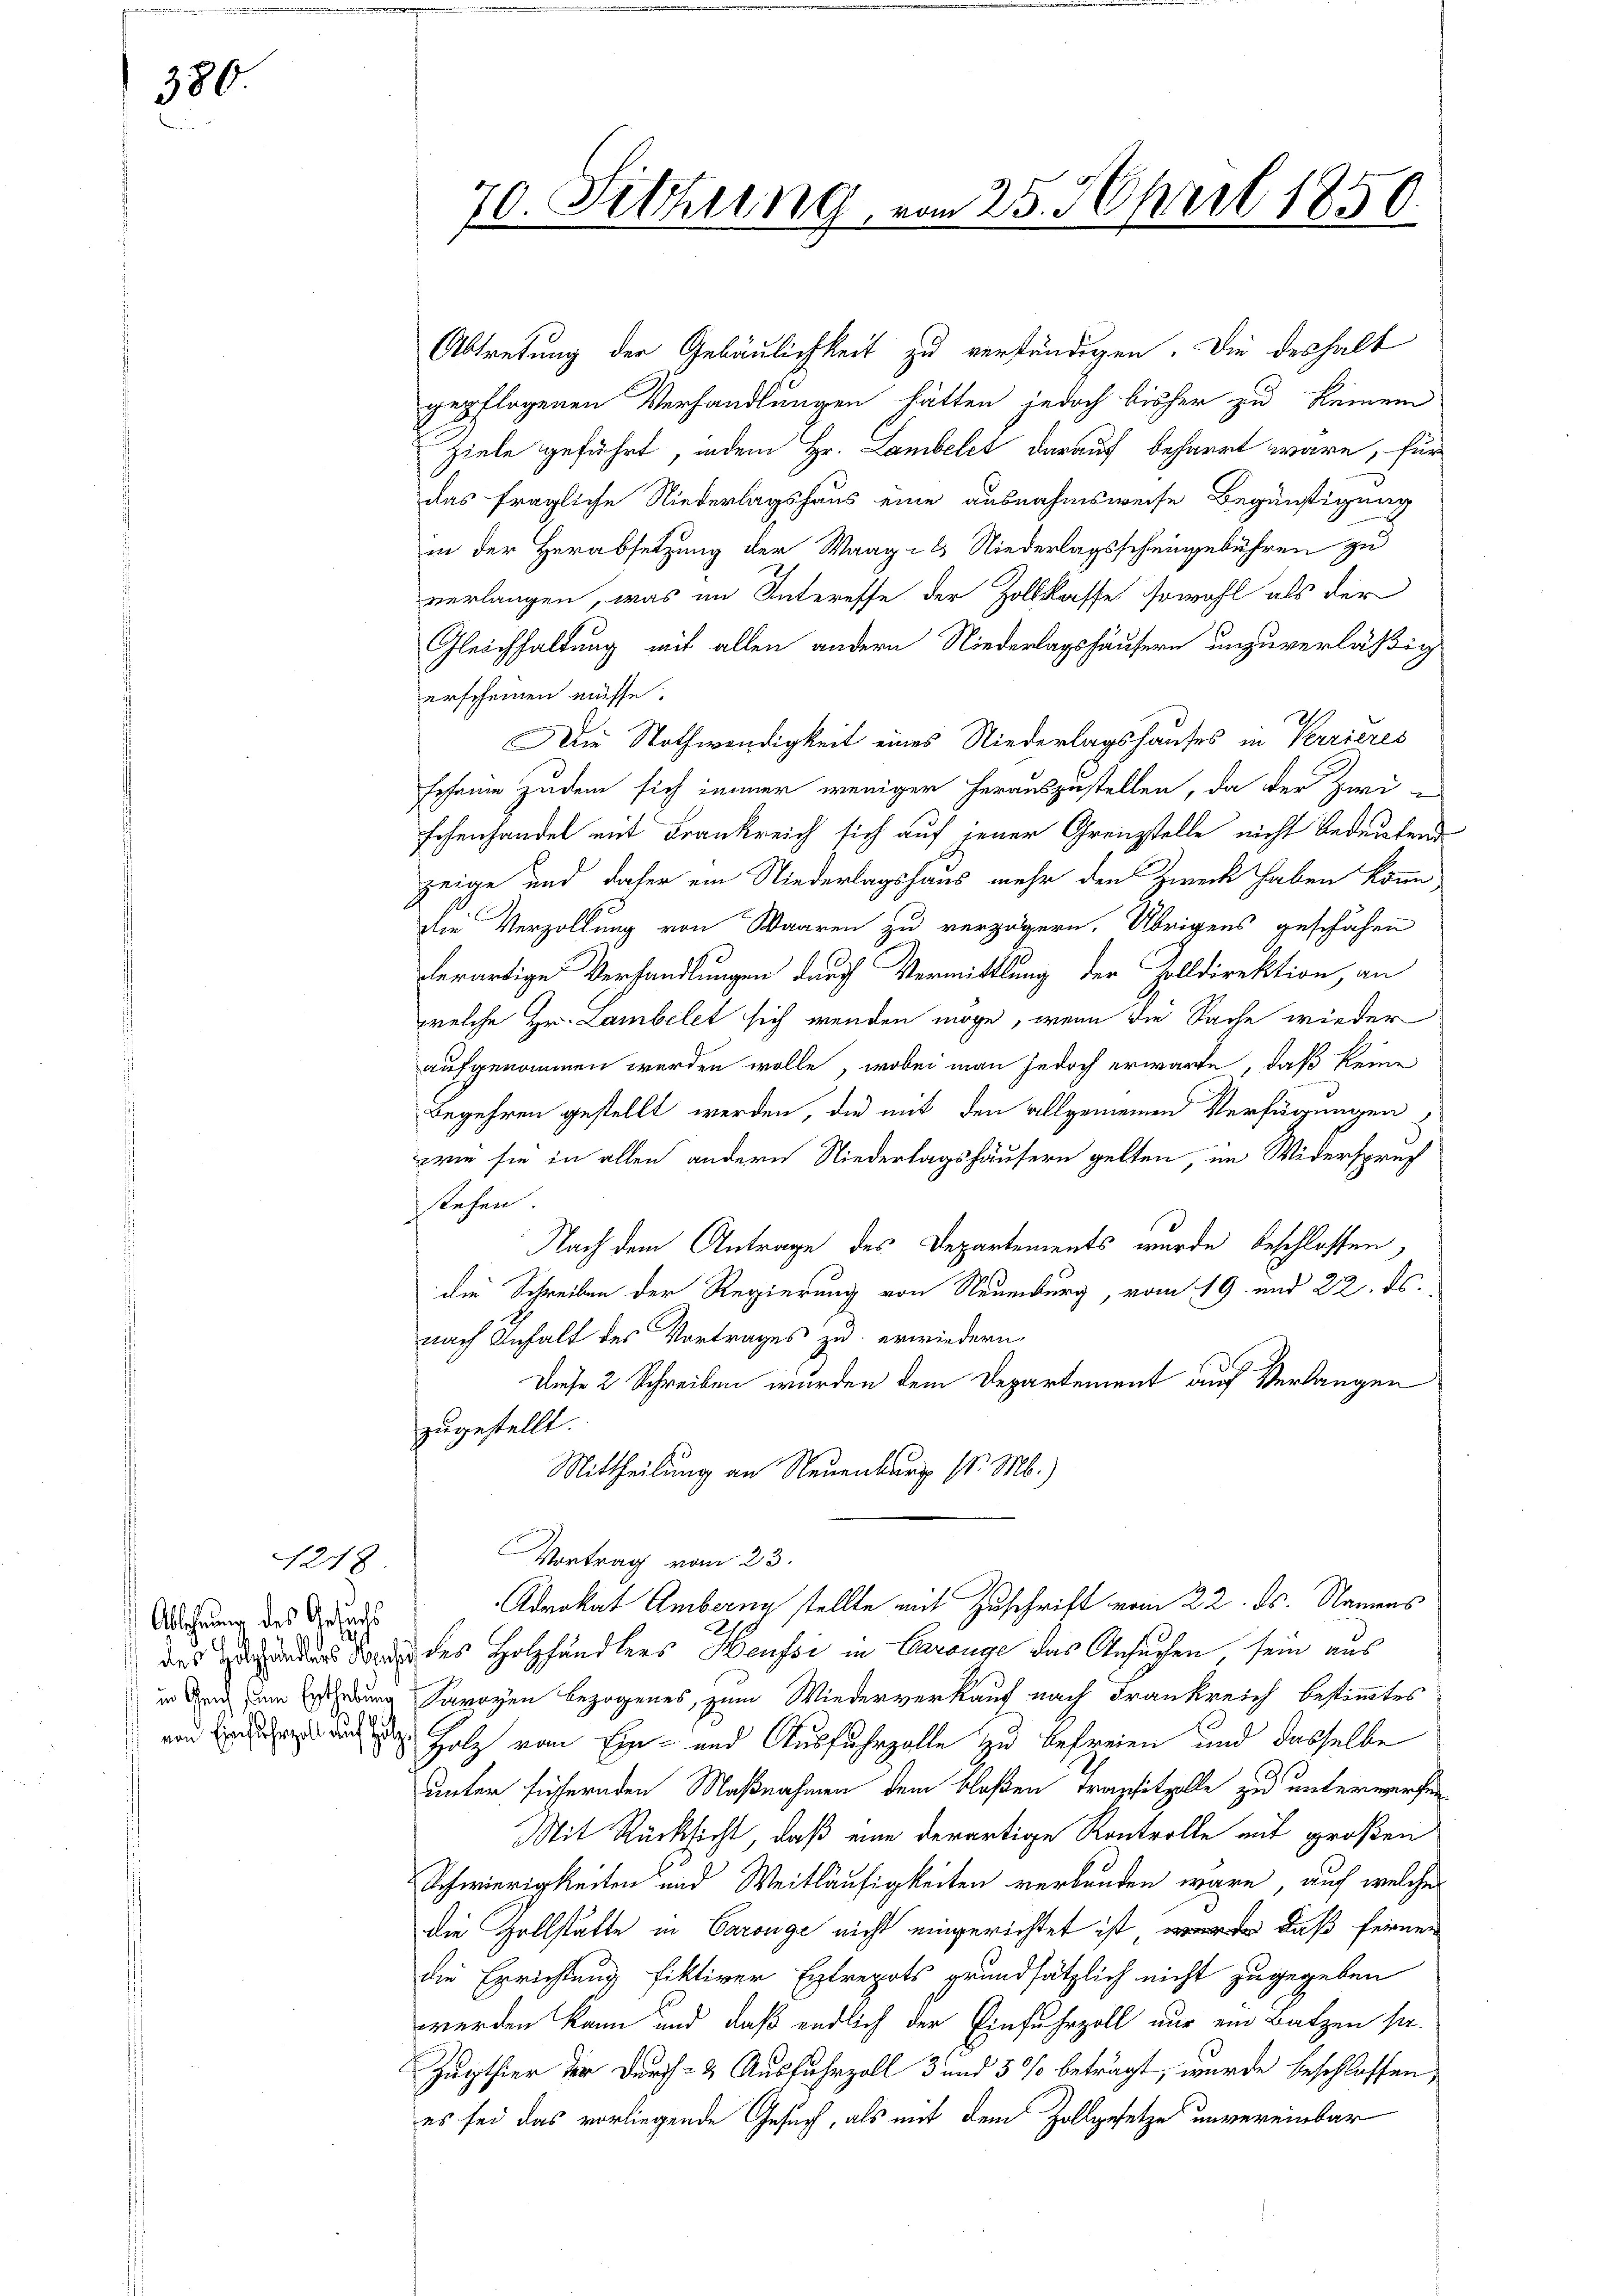
380

Ablehnung des Gesuchs

1218

70. Sitzung, vom 25. April 1850.

Abtretung der Gebäulichkeit zu verständigen. Die deshalb
gepflogenen Verhandlungen hätten jedoch bisher zu keinem
Ziele geführt, indem Hr. Lambelet darauf beharrt wäre, für
das fragliche Niederlagshaus eine ausnahmsweise Begünstigung
in der Herabsetzung der Waag- & Niederlagsscheingebühren zu
verlangen, was im Interesse der Zollkasse sowohl als der
Gleichhaltung mit allen andern Niederlagshäusern unzuverläßig
erscheinen müsse.
Die Nothwendigkeit eines Niederlagshauses in Verrieres
scheine Zudem sich immer weniger herauszustellen, da der Zwi
schenhandel mit Frankreich sich auf jener Grenzstelle nicht bedeutend
zeige und daher ein Niederlagshaus mehr den Zweck haben könne
die Verzollung von Waaren zu verzögern. Übrigens geschähen
erartige Verhandlungen durch Vermittlung der Zolldirektion, an
welche Hr. Lambelet sich wenden möge, wenn die Sache wieder
aufgenommen werden wolle, wobei man jedoch erwarte, daß keine
Begehren gestellt werden, die mit den allgemeinen Verfügungen
wie sie in allen andern Niederlagshäusern gelten, im Widerspruch
stehen.
Nach dem Antrage des Departements wurde beschlossen,
die Schreiben der Regierung von Neuenburg, vom 19. und 22. ds.
nach Anhalt des Vortrages zu erwiedern
Diese 2 Schreiben wurden dem Departement auf Verlangen
zugestellt.
Mittheilung an Neuenburg d. M.)
Vortrag vom 23.
Advokat Ambarng stellte mit Zuschrift vom 22. ds. Namens
das ders de des Holzhändlers Heussi in Garange das Ansuchen, sein aus
i rich zum redung Savoyen bezogenes, zum Wiederverkauf nach Frankreich bestimmtes
uand das auch das Holz vom Ein- und Ausfuhrzalle zu befreien und dasselbe
unter fichernden Maßnahmen dem bloßen Transitzolle zu unterwerfen
Mit Rücksicht, daß eine derartige Kontrolle mit großen
Schwierigkeiten und Weitläufigkeiten verbunden wäre, auf welches
die Zollstätte in Carouge nicht eingerichtet ist es daß fernen
die Errichtung fiktiver Extrepots grundsätzlich nicht zugegeben
werden kann und daß endlich der Einfuhrzoll nur ein Batzen se
Zugthier der Durch- & Ausfuhrzoll 3 und 5 % beträgt, wurde beschlossen,
es sei das vorliegende Gesuch, als mit dem Zollgesetze unvereinbar